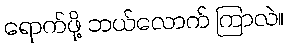
ရောက်ဖို့ ဘယ်လောက် ကြာလဲ။